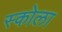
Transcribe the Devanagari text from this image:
स्कोला